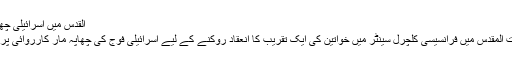
القدس میں اسرائیلی چھاپوں پر فرانس کااحتجاج،صیہونی سفیر کی طلبی
پیرس جدت ویب ڈیسک :فلسطین کے مقبوضہ بیت المقدس میں فرانسیسی کلچرل سینٹر میں خواتین کی ایک تقریب کا انعقاد روکنے کے لیے اسرائیلی فوج کی چھاپہ مار کارروائی پر فرانس نے صہیونی ریاست سے احتجاج کیا ہے۔